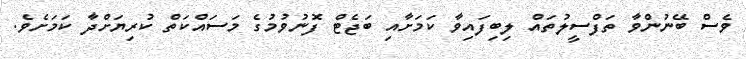
ވެސް ބޭނުންވާ ތަފްސީލުތައް ލިބިފައިވާ ކަމަށާއި ބަޖެޓް ފޮނުވުމުގެ މަސައްކަތް ކުރިޔަށްދާ ކަމަށެވެ.